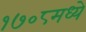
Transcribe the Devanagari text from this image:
१७०८मध्ये